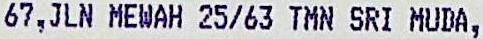
67,JLN MEWAH 25/63 TMN SRI MUDA,